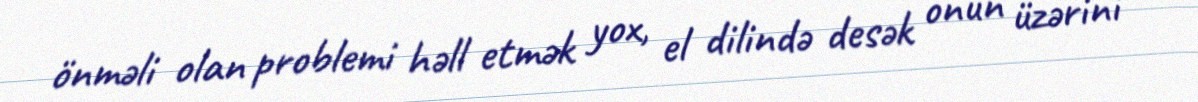
önməli olan problemi həll etmək yox, el dilində desək onun üzərini